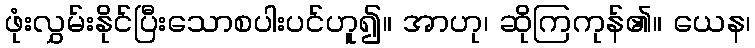
ဖုံးလွှမ်းနိုင်ပြီးသောစပါးပင်ဟူ၍။ အာဟု၊ ဆိုကြကုန်၏။ ယေန၊